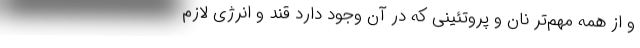
و از همه مهم‌تر نان و پروتئینی که در آن وجود دارد قند و انرژی لازم